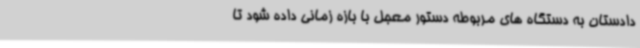
دادستان به دستگاه های مربوطه دستور معجل با بازه زمانی داده شود تا